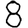
Digit: 8